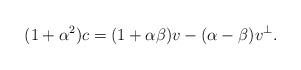
LaTeX: \begin{align*}(1+\alpha^2) c=(1+\alpha \beta)v-(\alpha - \beta)v^\perp.\end{align*}